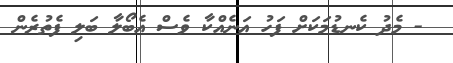
- މެދު ކެނޑުމަކަށް ފަހު އަނެއްކާ ވެސް އެބޯލާ ބަލި ފެތުރެން